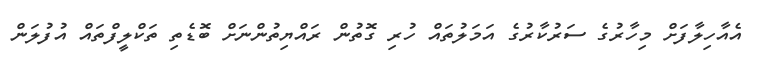
އެއާހިލާފަށް މިހާރުގެ ސަރުކާރުގެ އަމަލުތައް ހުރި ގޮތުން ރައްޔިތުންނަށް ބޮޑެތި ތަކްލީފްތައް އުފުލަން